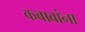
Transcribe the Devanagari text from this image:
कबाबांना